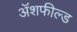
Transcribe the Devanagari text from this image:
ॲशफील्ड